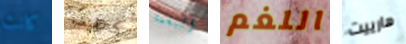
كانت كنت النغمة اللغم هارييت